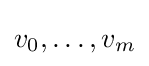
v_{0},\ldots ,v_{m}